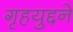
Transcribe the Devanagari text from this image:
गृहयुद्दने